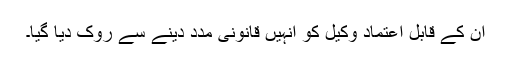
اُن کے قابل اعتماد وکيل کو انہيں قانونی مدد دينے سے روک ديا گيا۔